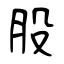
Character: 股